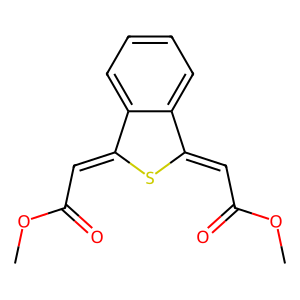
SMILES: COC(=O)C=c1sc(=CC(=O)OC)c2ccccc12
Inhibits HIV replication: No